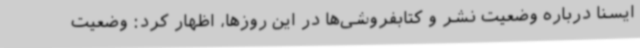
ایسنا درباره وضعیت نشر و کتابفروشی‌ها در این روزها، اظهار کرد: وضعیت